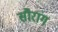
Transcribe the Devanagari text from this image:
सौरांग